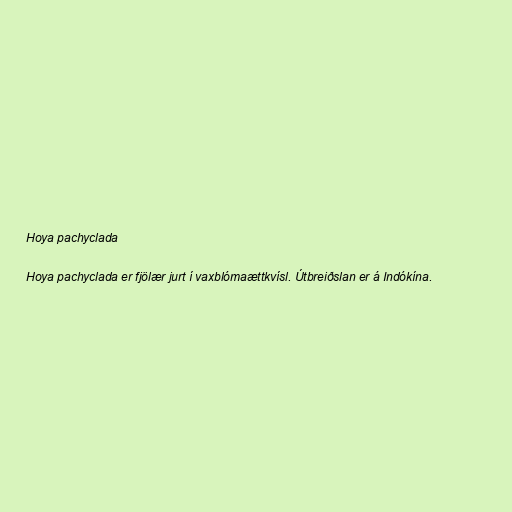
Hoya pachyclada

Hoya pachyclada er fjölær jurt í vaxblómaættkvísl. Útbreiðslan er á Indókína.